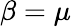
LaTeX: \beta=\mu